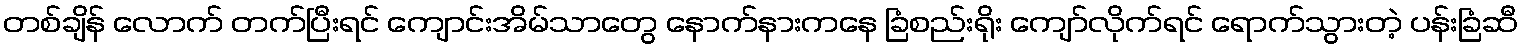
တစ်ချိန် လောက် တက်ပြီးရင် ကျောင်းအိမ်သာတွေ နောက်နားကနေ ခြံစည်းရိုး ကျော်လိုက်ရင် ရောက်သွားတဲ့ ပန်းခြံဆီ